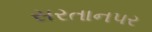
સરતાનપર